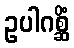
ဥပါဂစ္ဆိံ